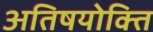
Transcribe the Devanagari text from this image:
अतिषयोक्ति